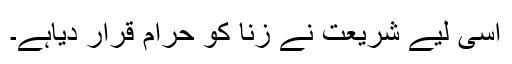
اسی لیے شریعت نے زنا کو حرام قرار دیاہے۔